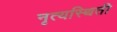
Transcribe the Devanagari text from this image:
नृत्यस्थिती